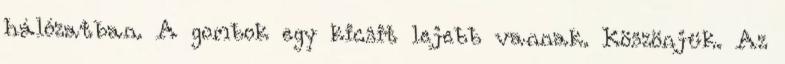
hálózatban. A gombok egy kicsit lejebb vannak. Köszönjük. Az